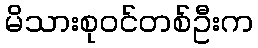
မိသားစုဝင်တစ်ဦးက